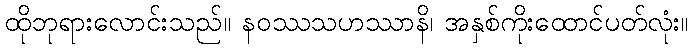
ထိုဘုရားလောင်းသည်။ နဝဿသဟဿာနိ၊ အနှစ်ကိုးထောင်ပတ်လုံး။